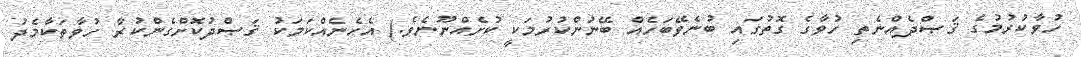
ހުވާކުރުމުގެ ޤަޞްދެއްނެތި ހުވާގެ ގޮތުގައި ބުނެވޭބަހެއް ބޭނުންކުރުމަކީ ކުށެއްނޫނެވެ.) އެހެނެއްކަމަކު ޤަޞްދުކޮށްގެންކުރާ ހުވާތަކާމެދު